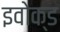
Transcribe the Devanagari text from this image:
इवोक्ड